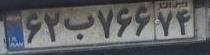
۶۲ب۷۶۶۷۴